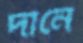
দানে